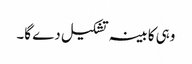
وہی کابینہ تشکیل دے گا۔